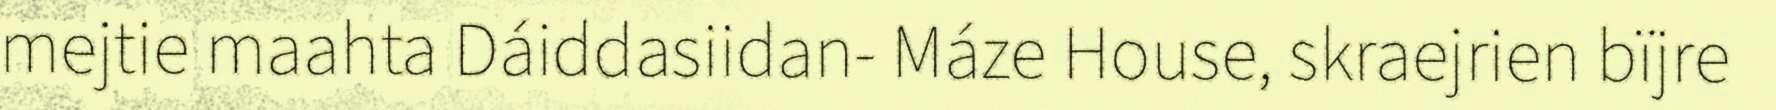
mejtie maahta Dáiddasiidan- Máze House, skraejrien bïjre